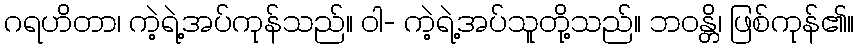
ဂရဟိတာ၊ ကဲ့ရဲ့အပ်ကုန်သည်။ ဝါ- ကဲ့ရဲ့အပ်သူတို့သည်။ ဘဝန္တိ၊ ဖြစ်ကုန်၏။